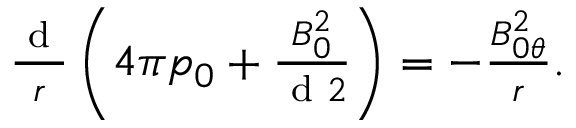
\begin{array} { r } { \frac { \textrm { d } } { r } \left( 4 \pi p _ { 0 } + \frac { B _ { 0 } ^ { 2 } } { \textrm { d } 2 } \right) = - \frac { B _ { 0 \theta } ^ { 2 } } { r } . } \end{array}